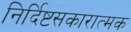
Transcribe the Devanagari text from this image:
निर्दिष्टसकारात्मक